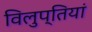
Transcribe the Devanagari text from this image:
विलुप्तियां